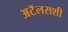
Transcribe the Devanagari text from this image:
अटॅलसशी